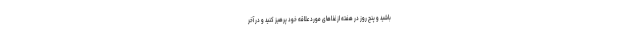
باشید و پنج روز در هفته از غذاهای مورد علاقه خود پرهیز کنید و در آخر